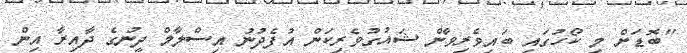
"ބޮޑަށް މި ކޯހުގައި ބައިވެރިވާން ޝައުގުވެރިކަން އުފެދުނު އިސްލާމް ދީނުގެ ދާއިރާ އިން